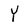
Character: Y